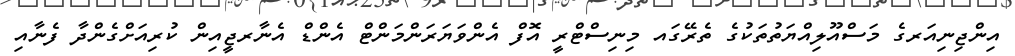
އިންޖިނިއަރގެ މަސްއޫލިއްޔަތުތަކުގެ ތެރޭގައ މިނިސްޓްރީ އޮފް އެންވަޔަރަންމަންޓް އެންޑް އެނާރޖީއިން ކުރިއަށްގެންދާ ފެނާއި